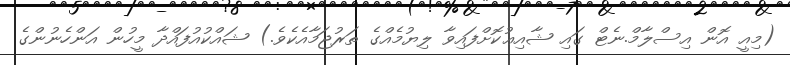
(މިއީ އޮން އިސްލާމް.ނެޓް ގައި ޝާއިޢުކޮށްފައިވާ ލިޔުމެއްގެ ތަރުޖަމާއެކެވެ.) ޝައްކުއުފައްދާ މީހުން އަންހެނުންގެ